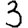
Digit: 3